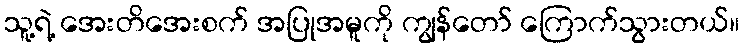
သူ့ရဲ့ အေးတိအေးစက် အပြုအမူကို ကျွန်တော် ကြောက်သွားတယ်။